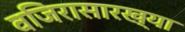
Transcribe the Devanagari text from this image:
वजिरासारख्या